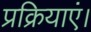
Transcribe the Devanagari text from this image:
प्रक्रियाएं।